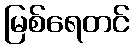
မြစ်ရေတင်